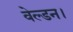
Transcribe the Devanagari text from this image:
वेल्डन।